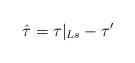
LaTeX: \begin{align*}\hat{\tau} = \tau|_{Ls} - \tau'\end{align*}